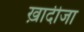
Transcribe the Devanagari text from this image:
ख़ादीजा